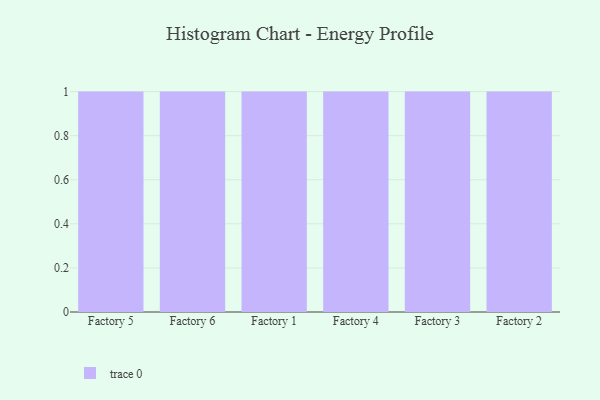
{"axis": {"x": "Factory", "y": "Waste Production (Tons)"}, "legend": [""], "data": [{"x": "Factory 5", "y": 88, "type": ""}, {"x": "Factory 6", "y": 35, "type": ""}, {"x": "Factory 1", "y": 97, "type": ""}, {"x": "Factory 4", "y": 99, "type": ""}, {"x": "Factory 3", "y": 13, "type": ""}, {"x": "Factory 2", "y": 86, "type": ""}]}